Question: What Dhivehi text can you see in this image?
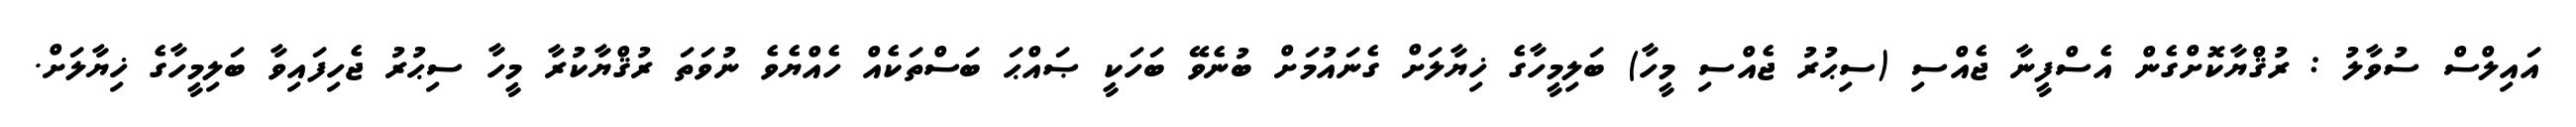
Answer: އައިލްސް ސުވާލު : ރުޤްޔާކޮށްގެން އެސްފީނާ ޖެއްސި (ސިޙުރު ޖެއްސި މީހާ) ބަލިމީހާގެ ޚިޔާލަށް ގެނައުމަށް ބުނެވޭ ބަހަކީ ޞައްޙަ ބަސްތަކެއް ހެއްޔެވެ ނުވަތަ ރުޤްޔާކުރާ މީހާ ސިޙުރު ޖެހިފައިވާ ބަލިމީހާގެ ޚިޔާލަށް.